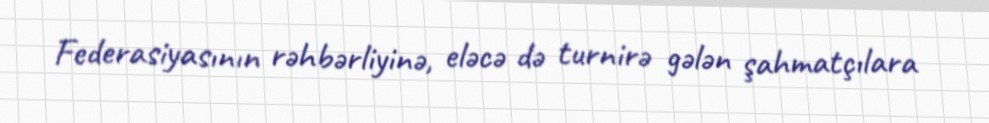
Federasiyasının rəhbərliyinə, eləcə də turnirə gələn şahmatçılara